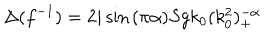
\Delta ( f ^ { - 1 } ) = 2 i \sin { ( \pi \alpha ) } S g k _ { 0 } ( k _ { 0 } ^ { 2 } ) _ { + } ^ { - \alpha }